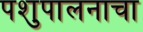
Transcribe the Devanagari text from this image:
पशुपालनाचा